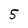
Character: 5